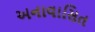
અનાવાસિત